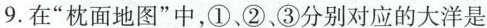
9.在”枕面地图”中，①、②、③分别对应的大洋是